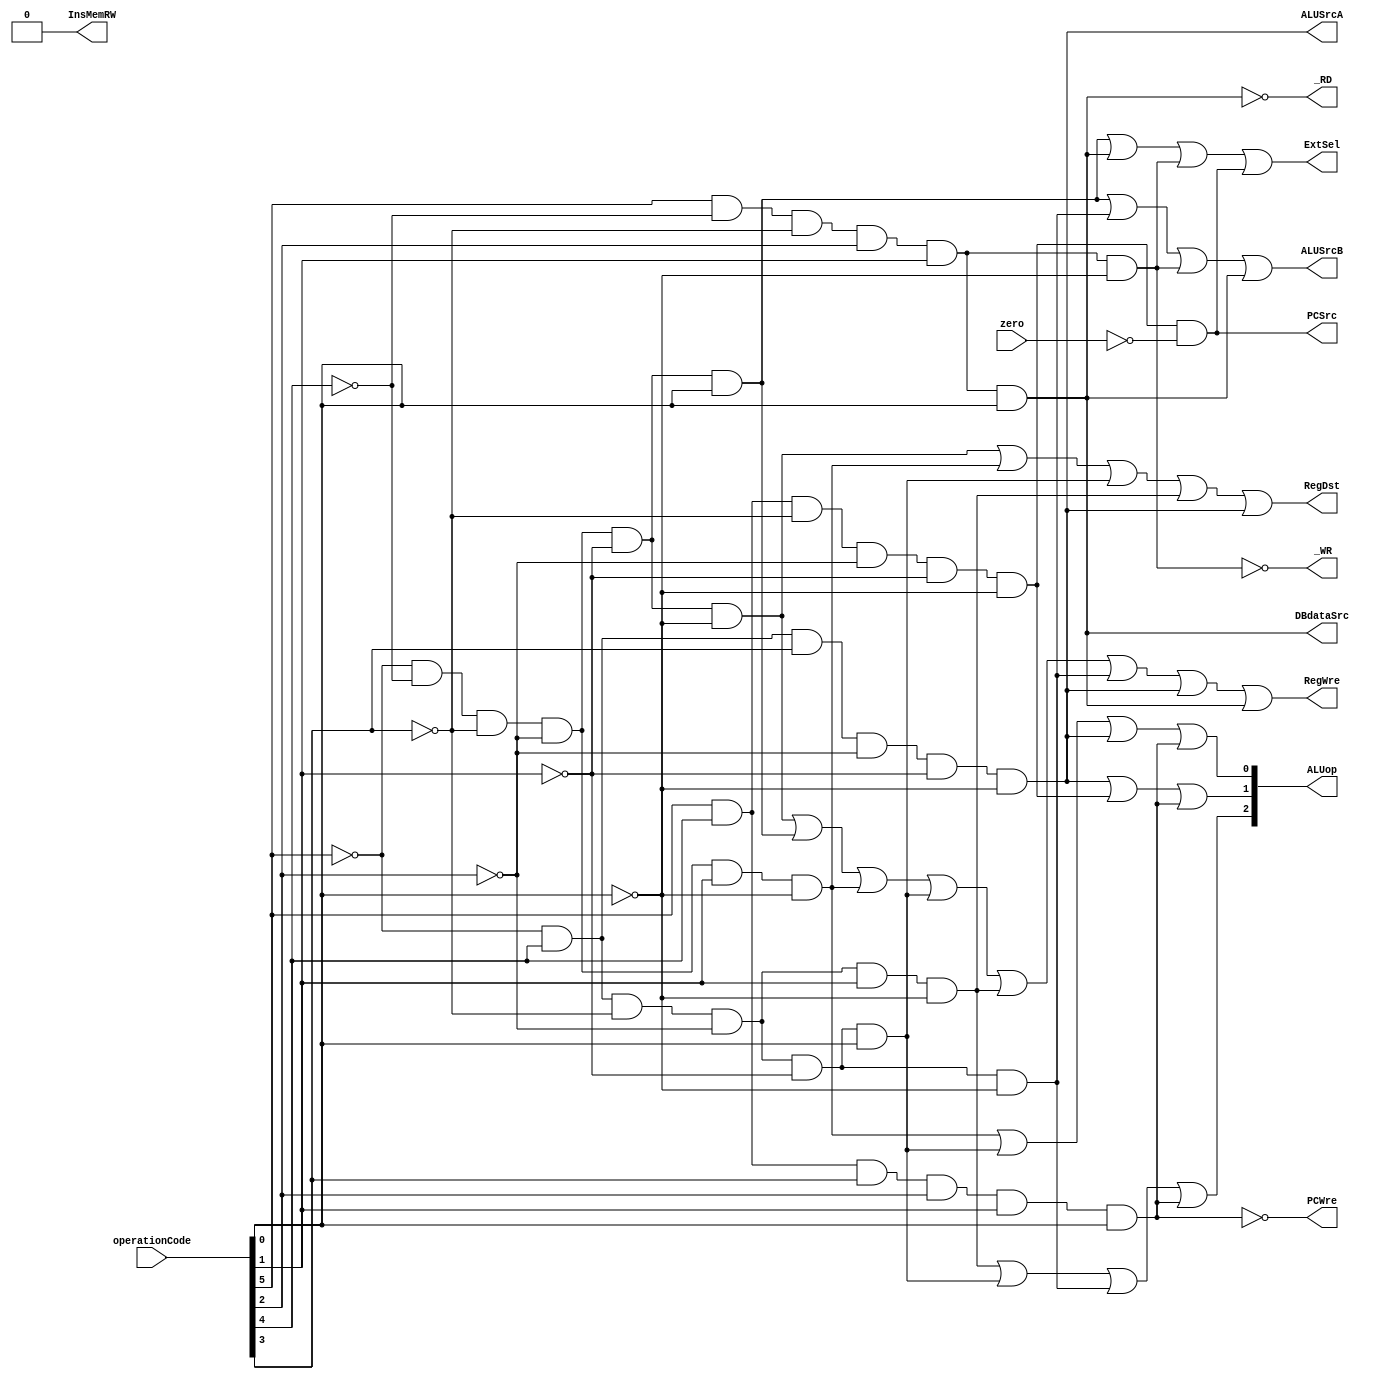
`timescale 1ns / 1ps
//////////////////////////////////////////////////////////////////////////////////
// Company: 
// Engineer: 
// 
// Design Name: 
// Module Name:    ControlUnit 
// Project Name: 
// Target Devices: 
// Tool versions: 
// Description: 
//
// Dependencies: 
//
// Revision: 
// Revision 0.01 - File Created
// Additional Comments: 
//
//////////////////////////////////////////////////////////////////////////////////
module CU(
    input [5:0] operationCode,
    input zero,
    output ALUSrcB,
    output ALUSrcA,
    output RegWre,
    output InsMemRW,
    output _RD,
    output _WR,
    output ExtSel,
    output PCSrc,
    output RegDst,
    output PCWre,
    output DBdataSrc,
    output [2:0] ALUop
    );
	wire [2:0] tempflag;
	wire addop, subop, oriop, andop, orop, moveop, swop, lwop, beop, haltop;
	// add is 000000
	assign addop  = ~operationCode[5] & ~operationCode[4] & ~operationCode[3] & ~operationCode[2] & ~operationCode[1] & ~operationCode[0];
	// addi is 000001
    assign addiop  = ~operationCode[5] & ~operationCode[4] & ~operationCode[3] & ~operationCode[2] & ~operationCode[1] & operationCode[0];
	//sub is 000010
	assign subop  =  ~operationCode[5] & ~operationCode[4] & ~operationCode[3] & ~operationCode[2] & operationCode[1] & ~operationCode[0];
	//ori is 010000
	assign oriop  =  ~operationCode[5] & operationCode[4] & ~operationCode[3] & ~operationCode[2] & ~operationCode[1] & ~operationCode[0];
	//and is 010001
	assign andop  =  ~operationCode[5] & operationCode[4] & ~operationCode[3] & ~operationCode[2] & ~operationCode[1] & operationCode[0];
	//or is 010010
	assign orop   =  ~operationCode[5] & operationCode[4] & ~operationCode[3] & ~operationCode[2] & operationCode[1] & ~operationCode[0];
	//sw is 100110
	assign swop   =   operationCode[5] & ~operationCode[4] & ~operationCode[3] & operationCode[2] & operationCode[1] & ~operationCode[0];
	//lw is 100111
	assign lwop   =   operationCode[5] & ~operationCode[4] & ~operationCode[3] & operationCode[2] & operationCode[1] & operationCode[0];
	//beq is 110000
	assign beqop  =   operationCode[5] & operationCode[4] & ~operationCode[3] & ~operationCode[2] & ~operationCode[1] & ~operationCode[0];
	//halt is 111111
	assign haltop =   operationCode[5] & operationCode[4] & operationCode[3] & operationCode[2] & operationCode[1] & operationCode[0];
	//sll is 011000
	assign sllop =   ~operationCode[5] & operationCode[4] & operationCode[3] & ~operationCode[2] & ~operationCode[1] & ~operationCode[0];
	
	//
	assign ALUSrcB=addiop | oriop | swop | lwop;
	assign ALUSrcA=sllop;
	assign RegWre=addop | addiop | subop | andop | orop | oriop | sllop | lwop;
	assign InsMemRW=0;
	assign _RD=~lwop;
	assign _WR=~swop;
	assign ExtSel=addiop | lwop | swop | (beqop && ~zero);
	assign PCSrc=beqop && ~zero;
	assign RegDst= addop | subop | andop | orop | sllop;
	assign PCWre=~haltop;
	assign DBdataSrc=lwop;
	assign tempflag[2]=orop | andop | oriop | haltop; 
	assign tempflag[1]=sllop | beqop | haltop;
	assign tempflag[0]=subop | andop | sllop | haltop;
	assign ALUop=tempflag;
endmodule